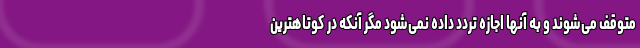
متوقف می‌شوند و به آنها اجازه تردد داده نمی‌شود مگر آنکه در کوتاهترین